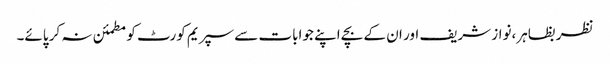
نظر بظاہر،نواز شریف اور ان کے بچے اپنے جوابات سے سپریم کورٹ کو مطمئن نہ کر پائے۔